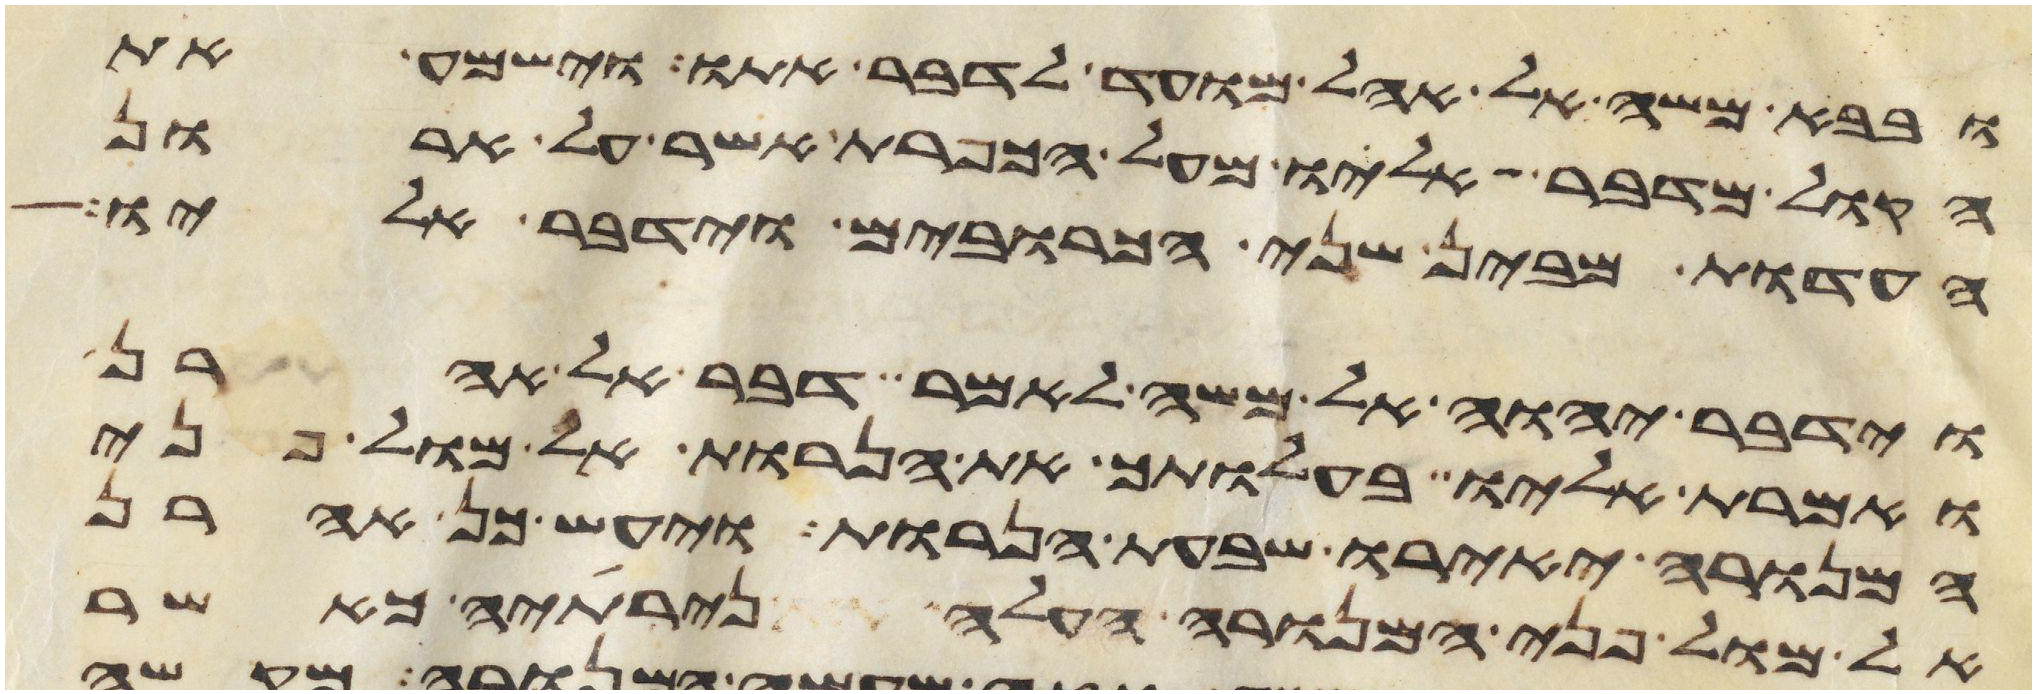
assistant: ובבא משה אל אהל מועד לדבר אתו וישמע את
הקול מדבר אליו מעל הכפרת אשר על ארון
העדות מבין שני הכרובים וידבר אליו
וידבר יהוה אל משה לאמר דבר אל אהרן
ואמרת אליו בהעלותך את הנרות אל מול פני
המנורה יאירו שבעת הנרות ויעש כן אהרן
אל מול פני המנורה העלה נרתיה כאשר